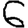
Digit: 6